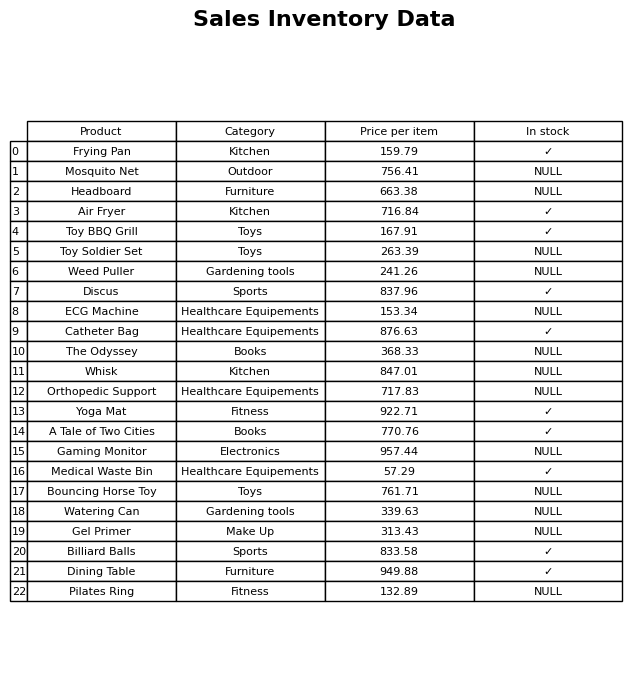
question: What category does the Dining Table belong to?
answer: Furniture